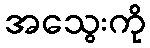
အသွေးကို